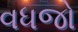
વધજો